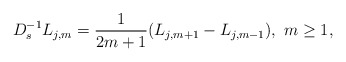
\begin{align*} D^{-1}_sL_{j,m}=\frac{1}{2m+1}(L_{j,m+1}-L_{j,m-1}),\ m\ge 1, \end{align*}